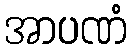
အာပဏံ